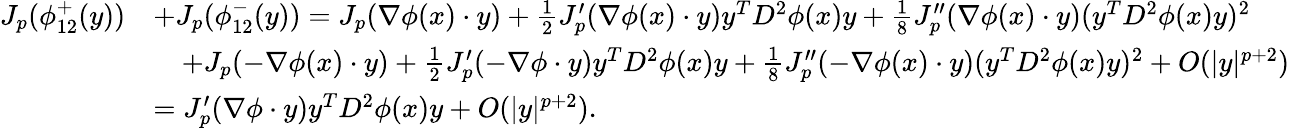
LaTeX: \begin{array}{rl}{J_{p}(\phi_{12}^{+}(y))}&{+J_{p}(\phi_{12}^{-}(y))=J_{p}(\nabla\phi(x)\cdot y)+\frac{1}{2}J_{p}^{\prime}(\nabla\phi(x)\cdot y)y^{T}D^{2}\phi(x)y+\frac{1}{8}J_{p}^{\prime\prime}(\nabla\phi(x)\cdot y)(y^{T}D^{2}\phi(x)y)^{2}}\\ &{\quad+J_{p}(-\nabla\phi(x)\cdot y)+\frac{1}{2}J_{p}^{\prime}(-\nabla\phi\cdot y)y^{T}D^{2}\phi(x)y+\frac{1}{8}J_{p}^{\prime\prime}(-\nabla\phi(x)\cdot y)(y^{T}D^{2}\phi(x)y)^{2}+O(|y|^{p+2})}\\ &{=J_{p}^{\prime}(\nabla\phi\cdot y)y^{T}D^{2}\phi(x)y+O(|y|^{p+2}).}\end{array}